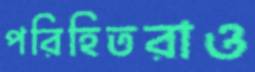
পরিহিতরাও